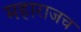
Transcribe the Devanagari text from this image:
महाराजच